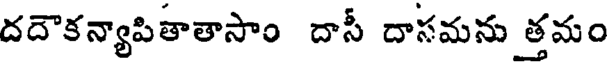
దదౌకన్యాపితాతాసాం దాసీ దాసమను త్తమం